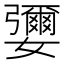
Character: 㜷